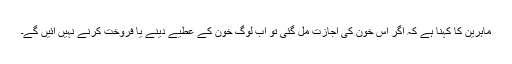
ماہرین کا کہنا ہے کہ اگر اس خون کی اجازت مل گئی تو اب لوگ خون کے عطیے دینے یا فروخت کرنے نہیں آئیں گے۔